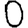
Digit: 0